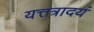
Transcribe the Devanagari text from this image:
यत्तत्रादयं